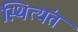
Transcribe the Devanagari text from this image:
स्थित्यंत